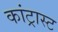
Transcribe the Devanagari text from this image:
कांट्रास्ट